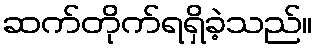
ဆက်တိုက်ရရှိခဲ့သည်။